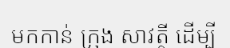
មកកាន់ ក្រុង សាវត្ថី ដើម្បី